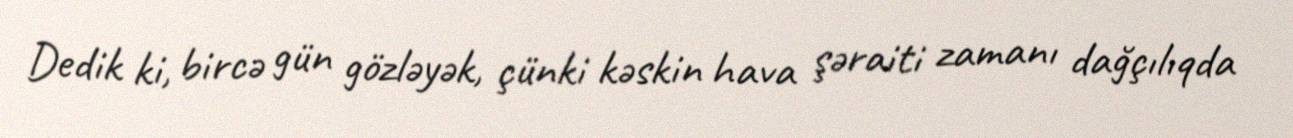
Dedik ki, bircə gün gözləyək, çünki kəskin hava şəraiti zamanı dağçılıqda